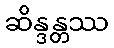
ဆိန္ဒန္တဿ